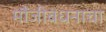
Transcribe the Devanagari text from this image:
मौंजीबंधनाचा